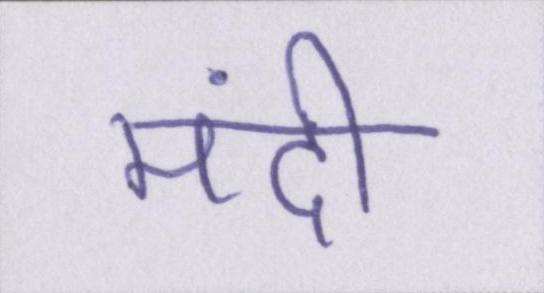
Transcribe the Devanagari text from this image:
मंदी